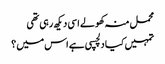
محمل منہ کھولے اسی دیکھ رہی تھی
تمہیں کیا دلچسپی ہے اس میں ؟